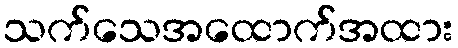
သက်သေအထောက်အထား